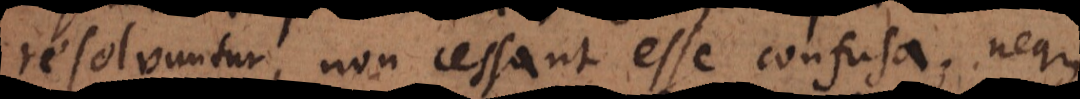
resolvuntur, non cessant esse confusa; neque